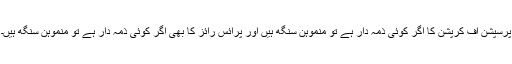
پرسپشن آف کرپشن کا اگر کوئی ذمہ دار ہے تو منموہن سنگھ ہیں اور پرائس رائز کا بھی اگر کوئی ذمہ دار ہے تو منموہن سنگھ ہیں۔